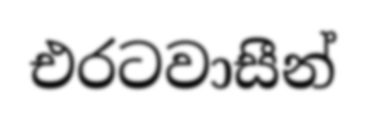
එරටවාසීන්